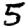
Digit: 5